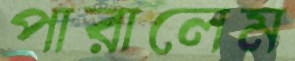
পারালেম